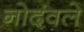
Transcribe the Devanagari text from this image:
नोदंवले